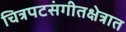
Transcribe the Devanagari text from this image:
चित्रपटसंगीतक्षेत्रात